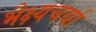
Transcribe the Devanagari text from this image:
भैक्ष्यचर्या